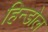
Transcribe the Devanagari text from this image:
हिन्डोल